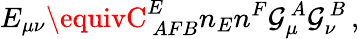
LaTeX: E_{\mu\nu}\equivC_{~AFB}^{E}n_{E}n^{F}\mathcal{G}_{\mu}^{~A}\mathcal{G}_{\nu}^{~B}\, ,